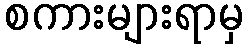
စကားများရာမှ